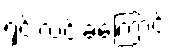
ရှင်းလင်းခဲ့ကြောင်း